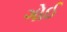
ગોઈ